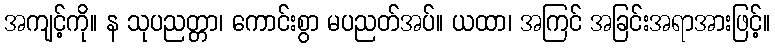
အကျင့်ကို။ န သုပညတ္တာ၊ ကောင်းစွာ မပညတ်အပ်။ ယထာ၊ အကြင် အခြင်းအရာအားဖြင့်။